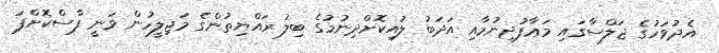
އެދުވަހުގެ ޖަލްސާގައި މަޢާފުދިނުމާއި އަދަބު ލުއިކޮށްދިނުމުގެ ބިލު ރައްޔިތުންގެ މަޖިލީހުން ވަނީ ފާސްކޮށްފަ